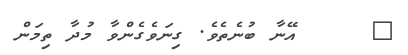
٦     އޭނާ ބުނެތެވެ. ގިނަވެގެންވާ މުދާ ތިމަން